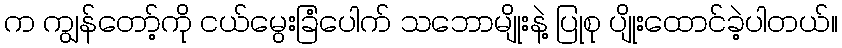
က ကျွန်တော့်ကို ငယ်မွေးခြံပေါက် သဘောမျိုးနဲ့ ပြုစု ပျိုးထောင်ခဲ့ပါတယ်။